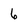
Character: 6